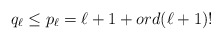
\begin{align*}q_\ell\le p_\ell=\ell+1 + ord (\ell+1)!\end{align*}